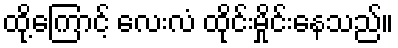
ထို့ကြောင့် လေးလံ ထိုင်းမှိုင်းနေသည်။